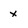
Character: x